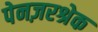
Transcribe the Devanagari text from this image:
पेनज़रश्रेक